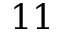
1 1